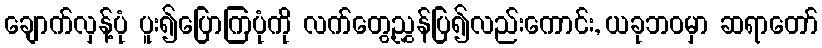
ချောက်လှန့်ပုံ ပူး၍ပြောကြပုံကို လက်တွေ့ညွှန်ပြ၍လည်းကောင်း, ယခုဘဝမှာ ဆရာတော်